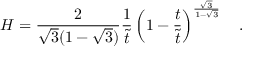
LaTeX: H = \frac { 2 } { \sqrt { 3 } ( 1 - \sqrt { 3 } ) } \frac { 1 } { \tilde { t } } \left( 1 - \frac { t } { \tilde { t } } \right) ^ { \frac { \sqrt { 3 } } { 1 - \sqrt { 3 } } } ~ ~ ~ .